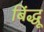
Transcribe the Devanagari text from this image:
बिंद्धू